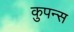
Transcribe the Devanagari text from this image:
कुपन्स